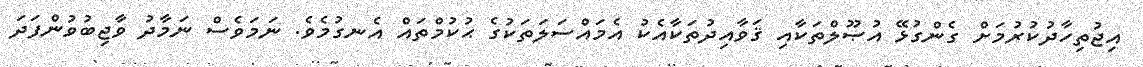
އިޖުތިހާދުކުރުމަށް ގެންގުޅޭ އުޞޫލްތަކާއި ޤަވާއިދުތަކާއެކު އެމައްސަލަތަކުގެ ޙުކުމްތައް އެނގުމެވެ. ނަމަވެސް ނަމާދު ވާޖިބުވުންފަދަ